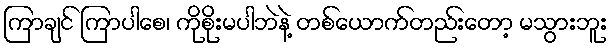
ကြာချင် ကြာပါစေ၊ ကိုစိုးမပါဘဲနဲ့ တစ်ယောက်တည်းတော့ မသွားဘူး